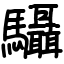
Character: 䯀